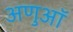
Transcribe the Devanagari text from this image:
अणुऑ